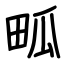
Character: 畖